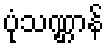
ပုံသဏ္ဌာန်